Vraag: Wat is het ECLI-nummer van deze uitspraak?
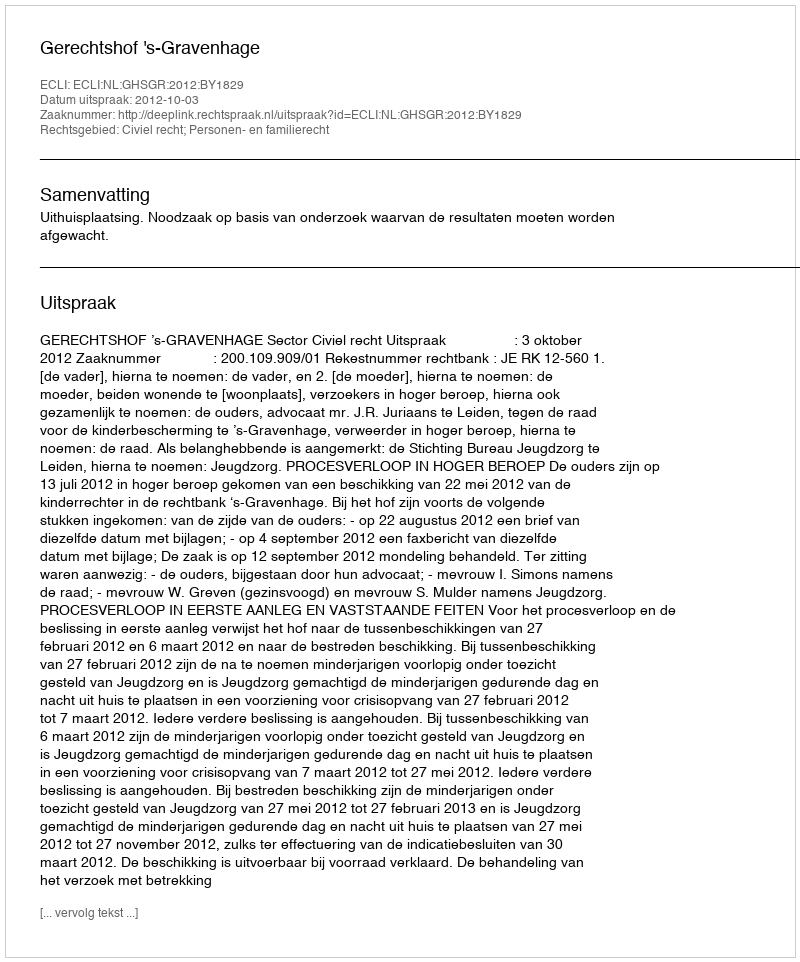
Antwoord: ECLI:NL:GHSGR:2012:BY1829